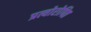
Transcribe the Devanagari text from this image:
प्रत्योरोपित